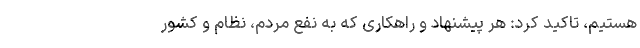
هستیم، تاکید کرد: هر پیشنهاد و راهکاری که به نفع مردم، نظام و کشور